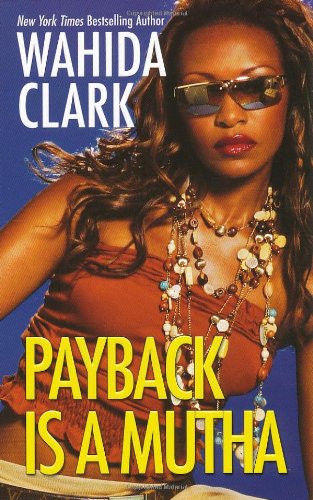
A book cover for Payback Is A Mutha; Wahida Clark; Literature & Fiction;